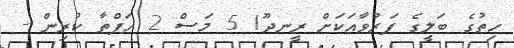
ހިތުގެ ބަލީގެ ފަރުވާއަކަށް ރީނދޫ! 5 މަސް 2 ހަފްތާ ކުރިން -